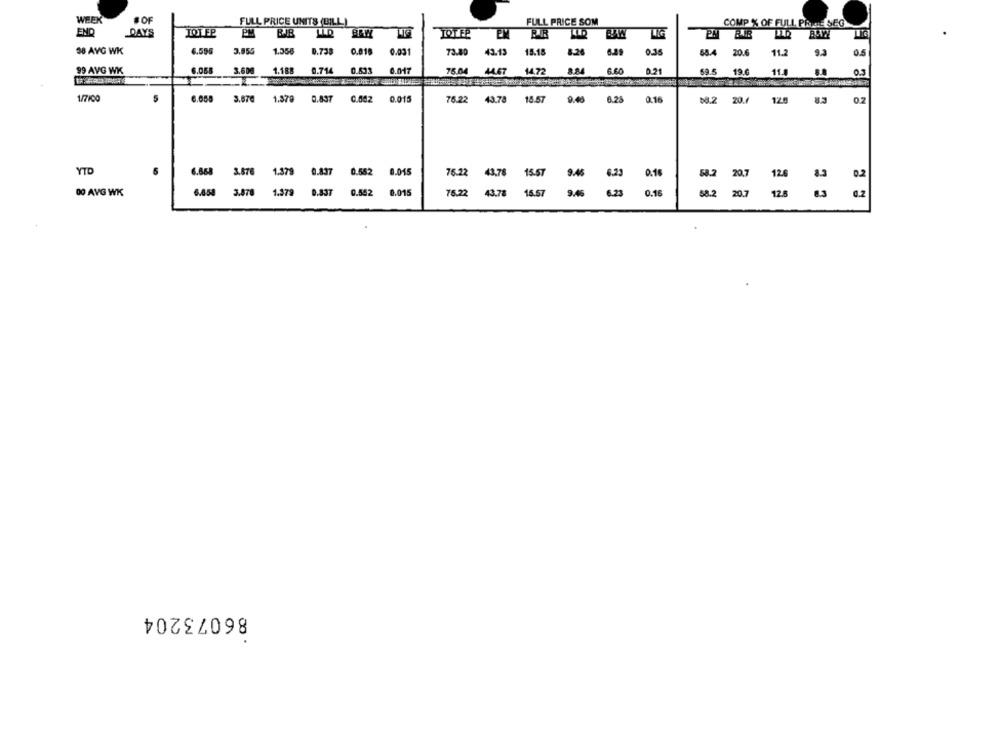
WEEK
#OF
FULL PRICE UNITS (BILL)
FULL PRICE SOM
COMP % OF FULL PRICESEG
END
DAYS
JOT EP
PM
BIB
LLD
BRW
TOTEP
38 AYG WK
6.596
3.855
1.358
0.738
0.818
0.031
73.80
43.13
15.18
8.26
0.35
68.4 20.6
11.2
9.3
0.5
99 AVG WK
6.058
3.600
1.188
0.714
0.017
75.04 44.67
14.72
6.60
0.2
69.5
19.6
11.0
03
1/7100
5
6.658
3.67€
1.379
0.837
0.082
0.015
76.22
43.78
18.57
9.45
6.25
0.16
68.2 20.
126
8.3
0.2
YTD
6.888 3.876 1.379 0.837 0.552 0.015
75.22 43,78
15.57
9.46
6.23
0.16
58.2
20.7
0.2
33
00 AVG WK
6.058 3.878 1.379 0.837 0.542 0.015
75.22 43.78 16.57
9.46
6.23
0.16
68.2
20.7
86073204